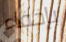
بإخفاء